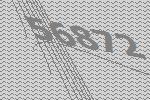
56872